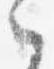
之